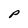
Character: P